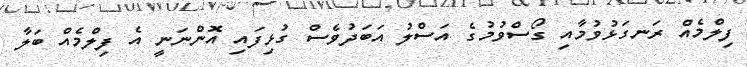
ފިލްމެއް ރަނގަޅުވުމާއި ގޯސްވުމުގެ އަސްލު އަބަދުވެސް ގުޅިފައި އޮންނަނީ އެ ފިލްމެއް ބަލާ